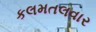
કલમતલવાર